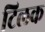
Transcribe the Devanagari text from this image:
टिलक